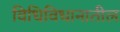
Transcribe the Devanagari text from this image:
विधिविधानातील